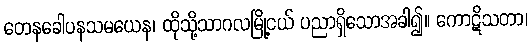
တေနခေါပနသမယေန၊ ထိုသို့သာဂလမြို့ငယ် ပညာရှိသောအခါ၍။ ကောဋိသတာ၊